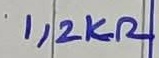
Text: 1,2KΩ